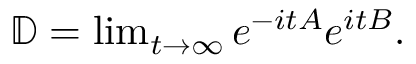
\begin{array} { r } { \mathbb { D } = \operatorname* { l i m } _ { t \to \infty } e ^ { - i t A } e ^ { i t B } . } \end{array}